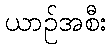
ယာဉ်အစီး